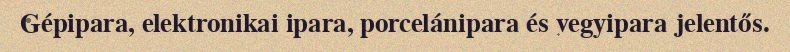
Gépipara, elektronikai ipara, porcelánipara és vegyipara jelentős.